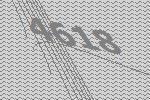
4618